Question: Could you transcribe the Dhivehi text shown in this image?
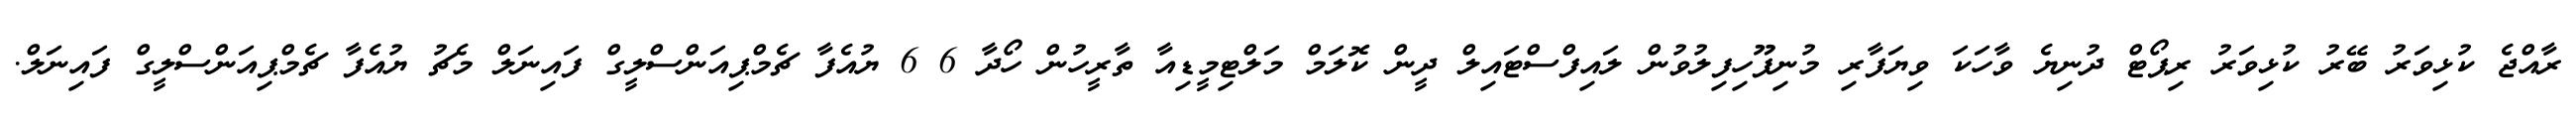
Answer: ރާއްޖެ ކުޅިވަރު ބޭރު ކުޅިވަރު ރިޕޯޓް ދުނިޔެ ވާހަކަ ވިޔަފާރި މުނިފޫހިފިލުވުން ލައިފްސްޓައިލް ދީން ކޮލަމް މަލްޓިމީޑިއާ ތާރީހުން ހޯދާ 6 6 ޔުއެފާ ޗެމްޕިއަންސްލީގް ފައިނަލް މެޗު ޔުއެފާ ޗެމްޕިއަންސްލީގް ފައިނަލް.